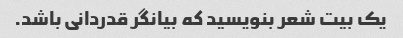
یک بیت شعر بنویسید که بیانگر قدردانی باشد.